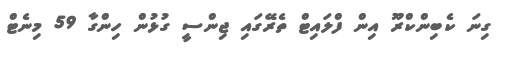
ގިނަ ކެބިންކްރޫ އިން ފްލައިޓް ތެރޭގައި ޖިންސީ ގުޅުން ހިންގާ 59 މިނެޓް